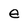
Character: e